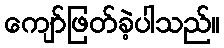
ကျော်ဖြတ်ခဲ့ပါသည်။